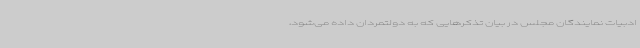
ادبیات نمایندگان مجلس در بیان تذکرهایی که به دولتمردان داده می‌شود،